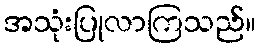
အသုံးပြုလာကြသည်။